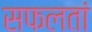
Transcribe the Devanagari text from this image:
सफलतां